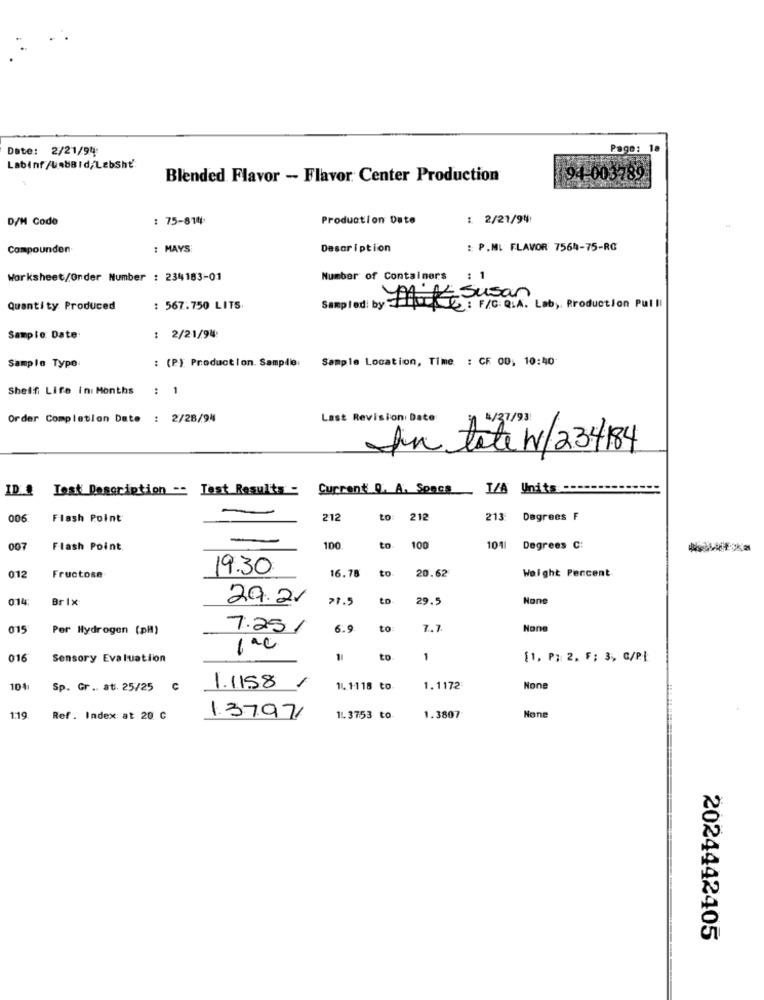
Date: 2/21/94
Page: 18
Labinf /U=8BId/LebShť:
Blended Flavor - Flavor Center Production
94-003789
D/H Code
: 75-814
Production Date
: 2/21/94
Compounden
: MAYS:
Description
: P.ML FLAVOR 7564-75-RG
Worksheet/Order Number : 234183-01
Number of Containers
: 1
Sampled by TAK Susan
Quantity Produced
: 567.750 LITS
: F/C. Q.A. Lab, Production Pul li
Sample Date
: 2/21/94
Sample Typo
: (P) Production. Sample: Sample Location, Time : CF 00, 10:40
Shelf Life ini Months
: 1
Order Completion Date : 2/28/94
Last Revision Date
4/37/93
In tale W/234184
ID & Test Description -- Test Results -
Current Q. A. Soncs
I/A Units -
006:
Flash Point
212
to
212
213
Degrees F
007
Flash Point.
100
to
100
101
Degrees C:
012
19.30
16.78
to
Weight Percent
Fructose
20.62
014
Brix
29.21
>1.5
29.5
Non
015
Per Hydrogen (pH)
7.25/
6.9
to:
7.7
016
Sensory Evaluation
11
to
1
[1, P; 2. F; 3, G/PI
/
10%
Sp. Gr. at. 25/25 C
1.1158
14.1118 to.
1.1172
119.
Ref. Index: at 20 C
13797
1L.3753 to.
1.3807
2024442405